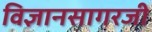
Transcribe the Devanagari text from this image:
विज्ञानसागरजी